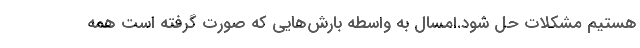
هستیم مشکلات حل شود.امسال به واسطه بارش‌هایی که صورت گرفته است همه